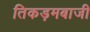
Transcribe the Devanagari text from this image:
तिकड़मबाजी